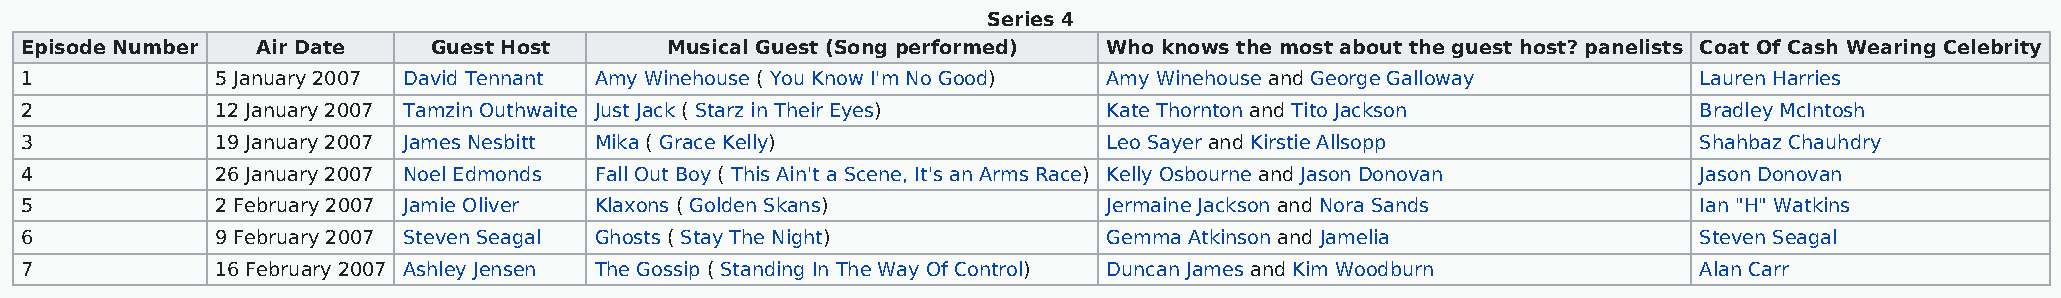
Series 4
 Episode Number  Air Date    Guest Host     Musical Guest (Song performed) Who knows the most about the guest host? panelists Coat Of Cash Wearing Celebrity
 1            5 January 2007 David Tennant Amy Winehouse ( You Know I'm No Good) Amy Winehouse and George Galloway Lauren Harries
 2            12 January 2007 Tamzin Outhwaite Just Jack ( Starz in Their Eyes) Kate Thornton and Tito Jackson  Bradley McIntosh
 3            19 January 2007 James Nesbitt Mika ( Grace Kelly)          Leo Sayer and Kirstie Allsopp          Shahbaz Chauhdry
 4            26 January 2007 Noel Edmonds Fall Out Boy ( This Ain't a Scene, It's an Arms Race) Kelly Osbourne and Jason Donovan Jason Donovan
 5            2 February 2007 Jamie Oliver Klaxons ( Golden Skans)       Jermaine Jackson and Nora Sands        Ian "H" Watkins
 6            9 February 2007 Steven Seagal Ghosts ( Stay The Night)     Gemma Atkinson and Jamelia             Steven Seagal
 7            16 February 2007 Ashley Jensen The Gossip ( Standing In The Way Of Control) Duncan James and Kim Woodburn Alan Carr